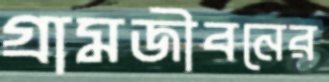
গ্রামজীবনের